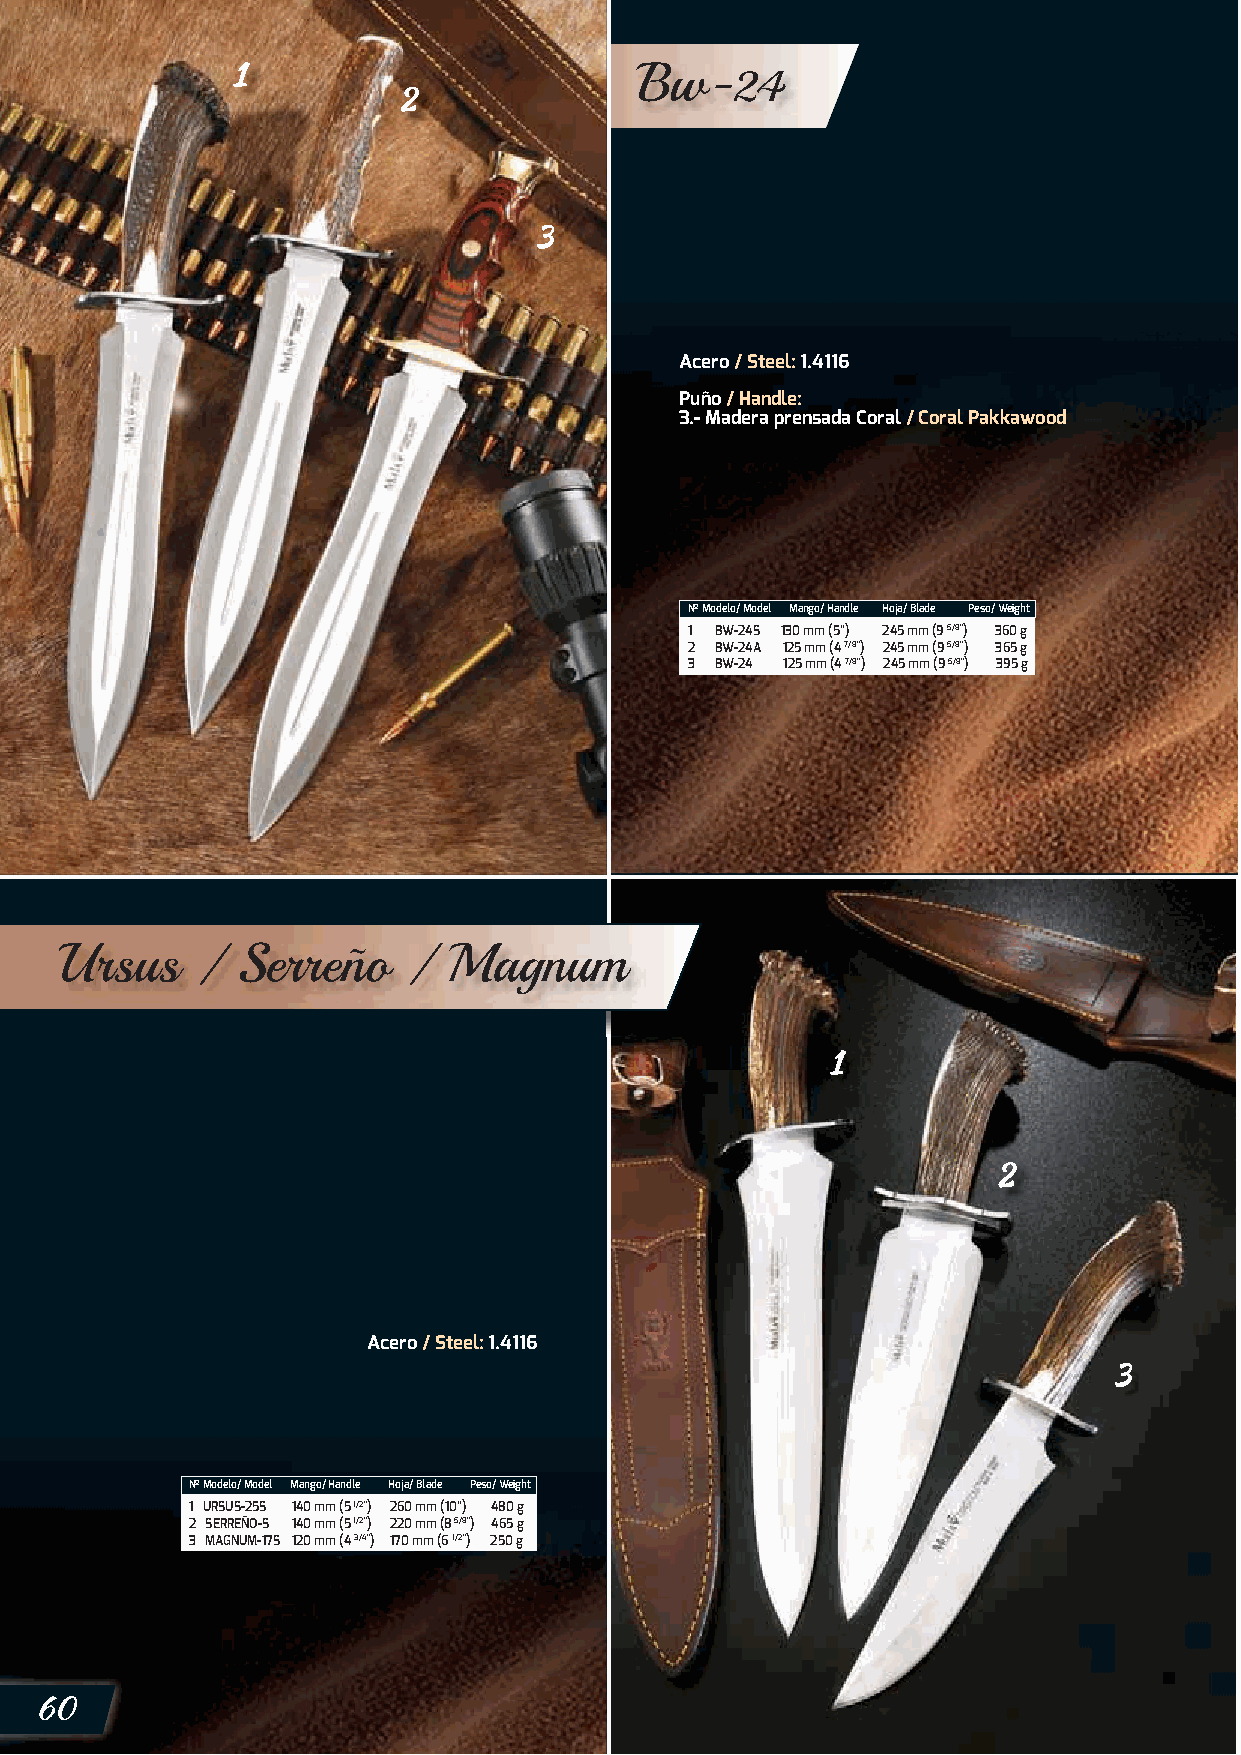
Bw-
 24
 Acero / Steel: 1.4116
 Puño / Handle:
 3.- Madera prensada Coral / Coral Pakkawood
 Nº Modelo/ Model Mango/ Handle Hoja/ Blade Peso/ Weight
 1 BW-24S 130 mm (5”) 245 mm (9 5/8”) 360 g
 2 BW-24A 125 mm (4 7/8”) 245 mm (9 5/8”) 365 g
 3 BW-24 125 mm (4 7/8”) 245 mm (9 5/8”) 395 g
 UrsuBsw  /  Serreño    /  Magnum
 Acero / Steel: 1.4116
 Nº Modelo/ Model Mango/ Handle Hoja/ Blade Peso/ Weight
 1 URSUS-25S 140 mm (5 1/2”) 260 mm (10”) 480 g
 2 SERREÑO-S 140 mm (5 1/2”) 220 mm (8 5/8”) 465 g
 3 MAGNUM-17S 120 mm (4 3/4”) 170 mm (6 1/2”) 250 g
 60